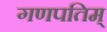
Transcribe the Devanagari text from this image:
गणपतिम्‌